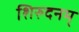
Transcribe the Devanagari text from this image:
शिरुदनम्